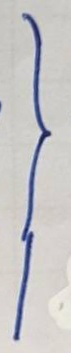
}